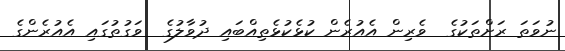
ނުވަތަ ރަށްތަކުގެ  ވެރިން އެއުރެން ކުޅެކުޅެތިއްބައި ދުވާލުގެ  ވަގުތުގައި އެއުރެންގެ